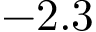
- 2 . 3